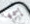
إسمها